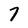
Character: 7